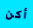
أكن